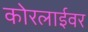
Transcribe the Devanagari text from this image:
कोरलाईवर